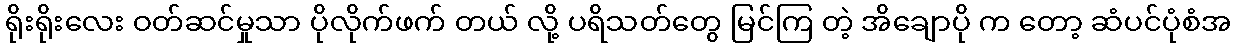
ရိုးရိုးလေး ဝတ်ဆင်မှုသာ ပိုလိုက်ဖက် တယ် လို့ ပရိသတ်တွေ မြင်ကြ တဲ့ အိချောပို က တော့ ဆံပင်ပုံစံအ